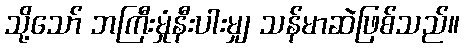
သို့သော် ဘကြီးမှုံနီးပါးမျှ သန်မာဆဲဖြစ်သည်။